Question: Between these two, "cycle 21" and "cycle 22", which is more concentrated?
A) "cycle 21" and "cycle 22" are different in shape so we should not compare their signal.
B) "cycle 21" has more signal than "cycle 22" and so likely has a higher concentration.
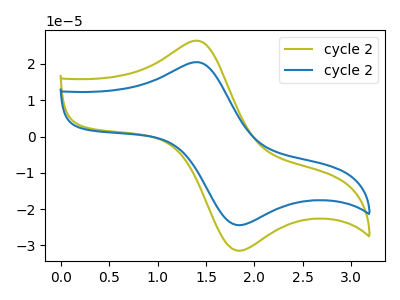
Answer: <think>The olive curve "cycle 21" has an anodic peak at (1.45V, 26.35uA) and a cathodic peak at (1.85V, -31.45uA). The blue curve "cycle 22" has an anodic peak at (1.45V, 20.45uA) and a cathodic peak at (1.85V, -24.45uA).
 All the peaks in "cycle 21" have a peak in "cycle 22" at the same potential. Every peak in "cycle 21" is higher than every peak in "cycle 22".</think>
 <answer>B) "cycle 21" has more signal than "cycle 22" and so likely has a higher concentration.</answer>
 <eval>B</eval>